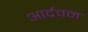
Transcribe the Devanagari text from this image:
आर्द्रवन